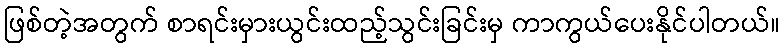
ဖြစ်တဲ့အတွက် စာရင်းမှားယွင်းထည့်သွင်းခြင်းမှ ကာကွယ်ပေးနိုင်ပါတယ်။